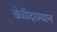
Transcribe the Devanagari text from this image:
खेळीदरम्यान